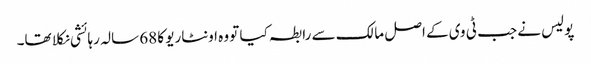
پولیس نے جب ٹی وی کے اصل مالک سے رابطہ کیا تو وہ اونٹاریو کا 68 سالہ رہائشی نکلا تھا۔